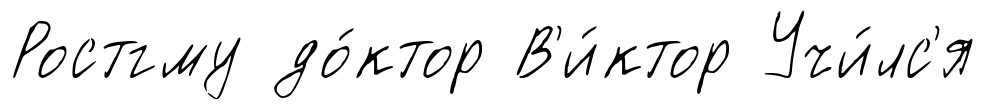
Ростгму до́ктор В'и́ктор Учи́лс'я